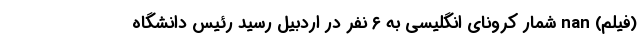
(فیلم) nan شمار کرونای انگلیسی به ۶ نفر در اردبیل رسید رئیس دانشگاه